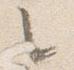
々